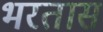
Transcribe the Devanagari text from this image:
भरतास